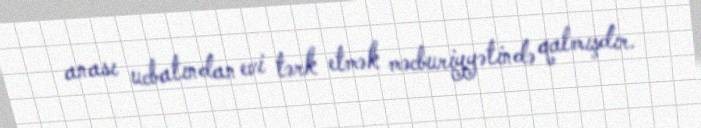
anası ucbatından evi tərk etmək məcburiyyətində qalmışdır.